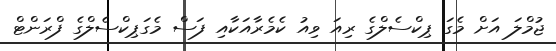
ޖުމްލަ އަށް މެގަ ޕިކްސެލްގެ ރިއަ ވިއު ކެމެރާއަކާއި ފަސް މެގަޕިކްސެލްގެ ފްރަންޓް